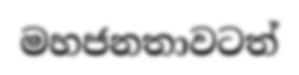
මහජනතාවටත්